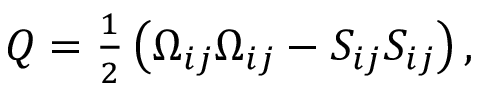
\begin{array} { r } { Q = \frac { 1 } { 2 } \left( \Omega _ { i j } \Omega _ { i j } - S _ { i j } S _ { i j } \right) , } \end{array}